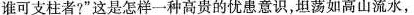
谁可支柱者?”这是怎样一种高贵的忧患意识，坦荡如高山流水，